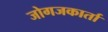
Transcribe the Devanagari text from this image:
जोगजकार्ता